画像に写った文字を読んでください
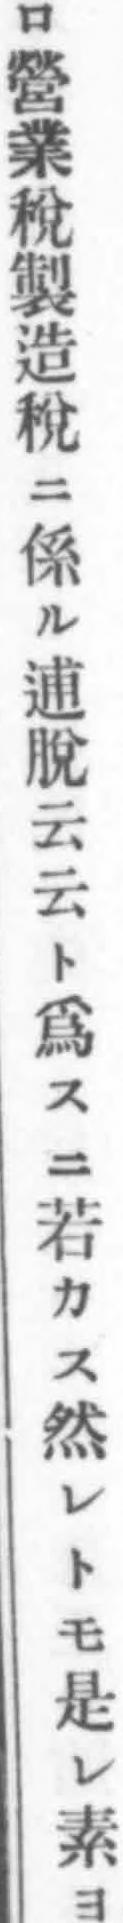
「ロ營業稅製造稅ニ係ル逋脫云云ト爲スニ若カス然レトモ是レ素ヨ」と書いてあります